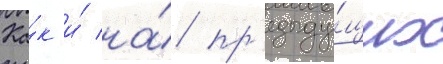
Ка́к и́ на́ пр'едыду́щих